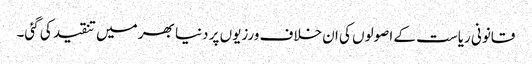
قانونی ریاست کے اصولوں کی ان خلاف ورزیوں پر دنیا بھر میں تنقید کی گئی۔